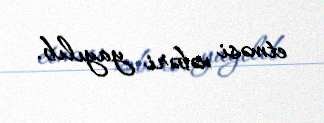
etməsi xəbəri yayılıb.